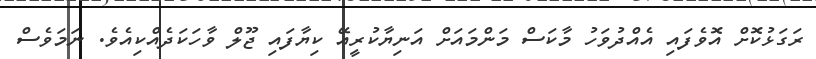
ރަގަޅުކޮށް އޮވެފައި އެއްދުވަހު މާކަސް މަންމައަށް އަނިޔާކުރީއޭ ކިޔާފައި ޖޫލް ވާހަކަދެއްކިއެވެ. ނަމަވެސް